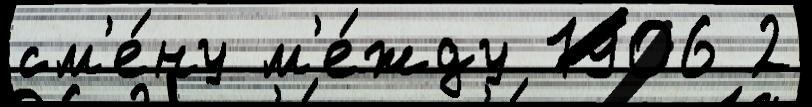
см'е́ну м'е́жду 1906 2